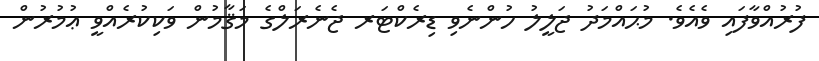
ފުރުއްވާފައި ވެއެވެ. މުޙައްމަދު ޖަލީލު ހުންނެވި ޑިރެކްޓަރ ޖެނެރަލްގެ މަޤާމުން ވަކިކުރެއްވީ ޢުމުރުން